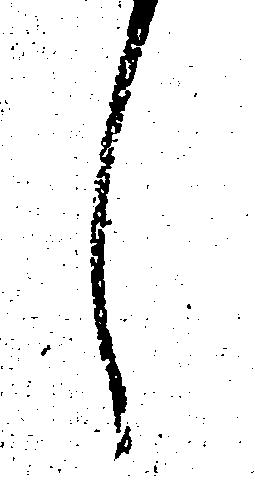
し